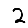
Digit: 2